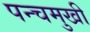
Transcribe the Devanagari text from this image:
पन्चमुखी